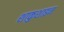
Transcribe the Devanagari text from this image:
शाकुशाइन